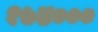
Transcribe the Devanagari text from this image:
१७४०००